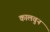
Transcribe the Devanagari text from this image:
कालवुन